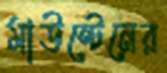
মাউন্টেনের